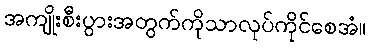
အကျိုးစီးပွားအတွက်ကိုသာလုပ်ကိုင်စေအံ။